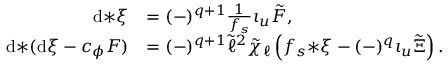
\begin{array} { r l } { \mathrm { d } { * \xi } } & { = ( - ) ^ { q + 1 } \frac { 1 } { f _ { s } } \iota _ { u } \tilde { F } , } \\ { \mathrm { d } { * ( \mathrm { d } \xi - c _ { \phi } F ) } } & { = ( - ) ^ { q + 1 } \tilde { \ell } ^ { 2 } \tilde { \chi } _ { \ell } \left( f _ { s } { * \xi } - ( - ) ^ { q } \iota _ { u } \tilde { \Xi } \right) . } \end{array}